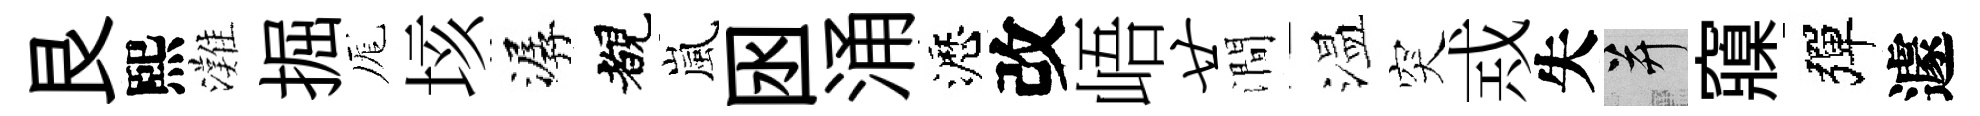
艮熙灘掘厖垓潺覩嵐囦涌瀝改峿廿澗温突𢦶失并䆿彈遽